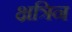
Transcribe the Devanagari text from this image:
क्षत्रिन